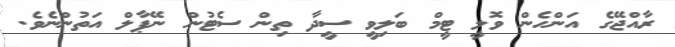
ރާއްޖޭގެ އަންހެން ވޮލީ ޓީމް ބަލިވީ ސީދާ ތިން ސެޓުން ނޭޕާލް އަތުންނެވެ.